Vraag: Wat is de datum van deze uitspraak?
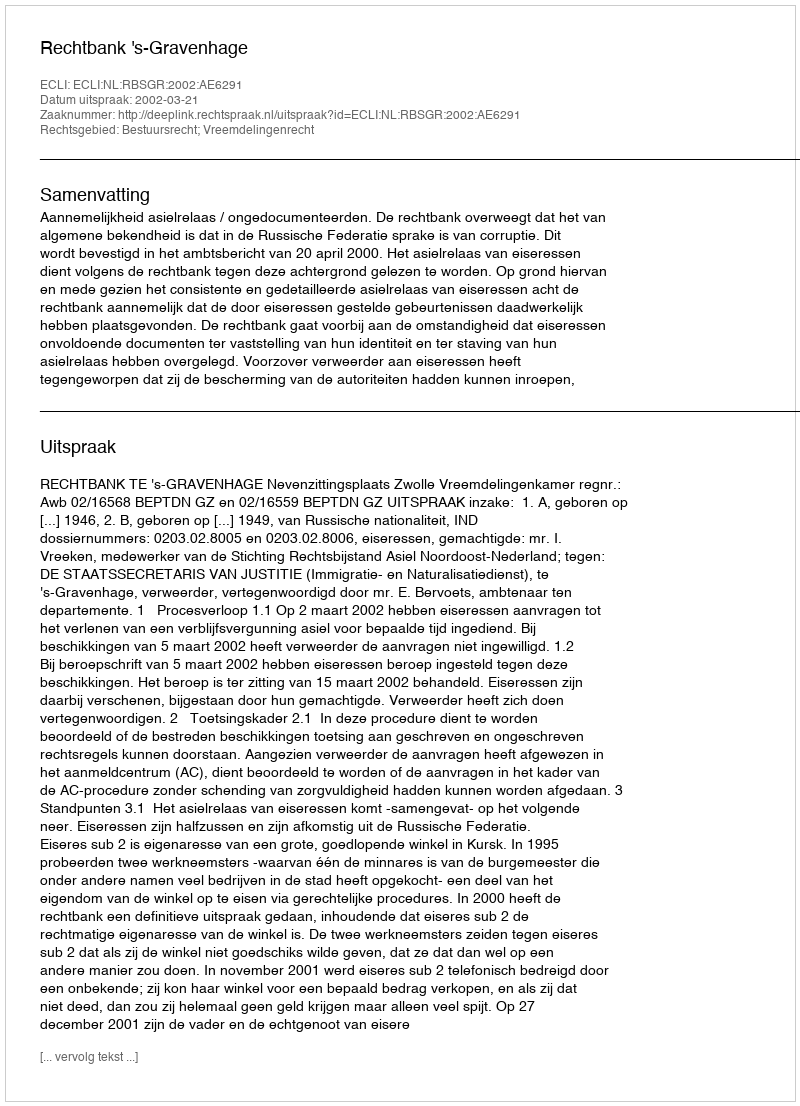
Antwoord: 2002-03-21